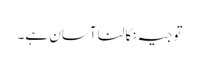
توجیہ نکالنا آسان ہے۔